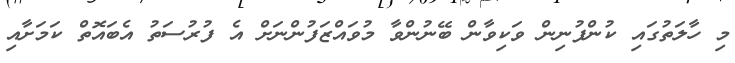
މި ހާލަތުގައި ކުންފުނިން ވަކިވާން ބޭނުންވާ މުވައްޒަފުންނަށް އެ ފުރުސަތު އެބައޮތް ކަމަށާއި